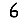
Digit: 6